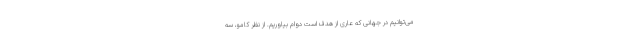
می‌توانیم در جهانی که عاری از هدف است دوام بیاوریم. از نظر کامو، سه